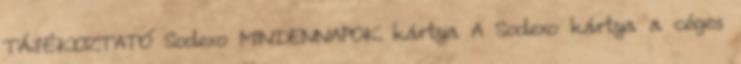
TÁJÉKOZTATÓ Sodexo MINDENNAPOK kártya A Sodexo kártya a céges